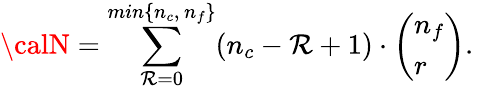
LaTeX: {\calN}=\sum_{\mathcal{R}=0}^{min\{ n_{c},\, n_{f}\} }(n_{c}-\mathcal{R}+1)\cdot\left(\begin{array}{l}{{n_{f}}}\\ {{r}}\end{array}\right).\,